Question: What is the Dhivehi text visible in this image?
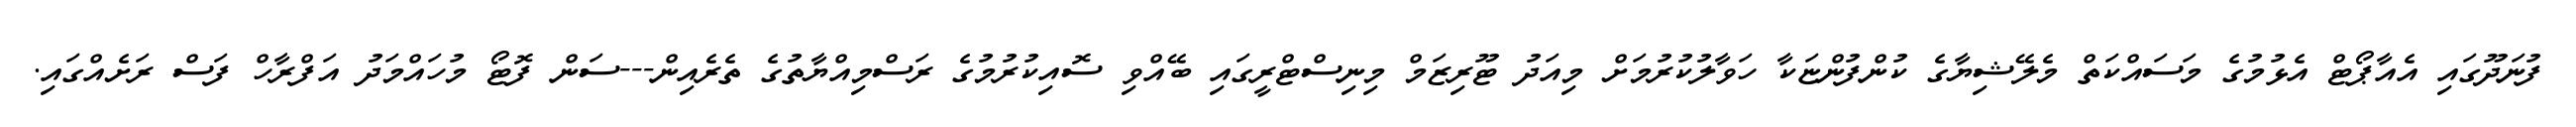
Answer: ފުނަދޫގައި އެއާޕޯޓް އެޅުމުގެ މަސައްކަތް މެލޭޝިޔާގެ ކުންފުންޏަކާ ހަވާލުކުރުމަށް މިއަދު ޓޫރިޒަމް މިނިސްޓްރީގައި ބޭއްވި ސޮއިކުރުމުގެ ރަސްމިއްޔާތުގެ ތެރެއިން---ސަން ފޮޓޯ މުހައްމަދު އަފްރާހް ފަސް ރަށެއްގައި.